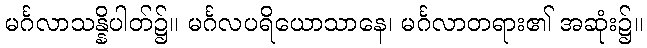
မင်္ဂလာသန္နိပါတ်၌။ မင်္ဂလပရိယောသာနေ၊ မင်္ဂလာတရား၏ အဆုံး၌။